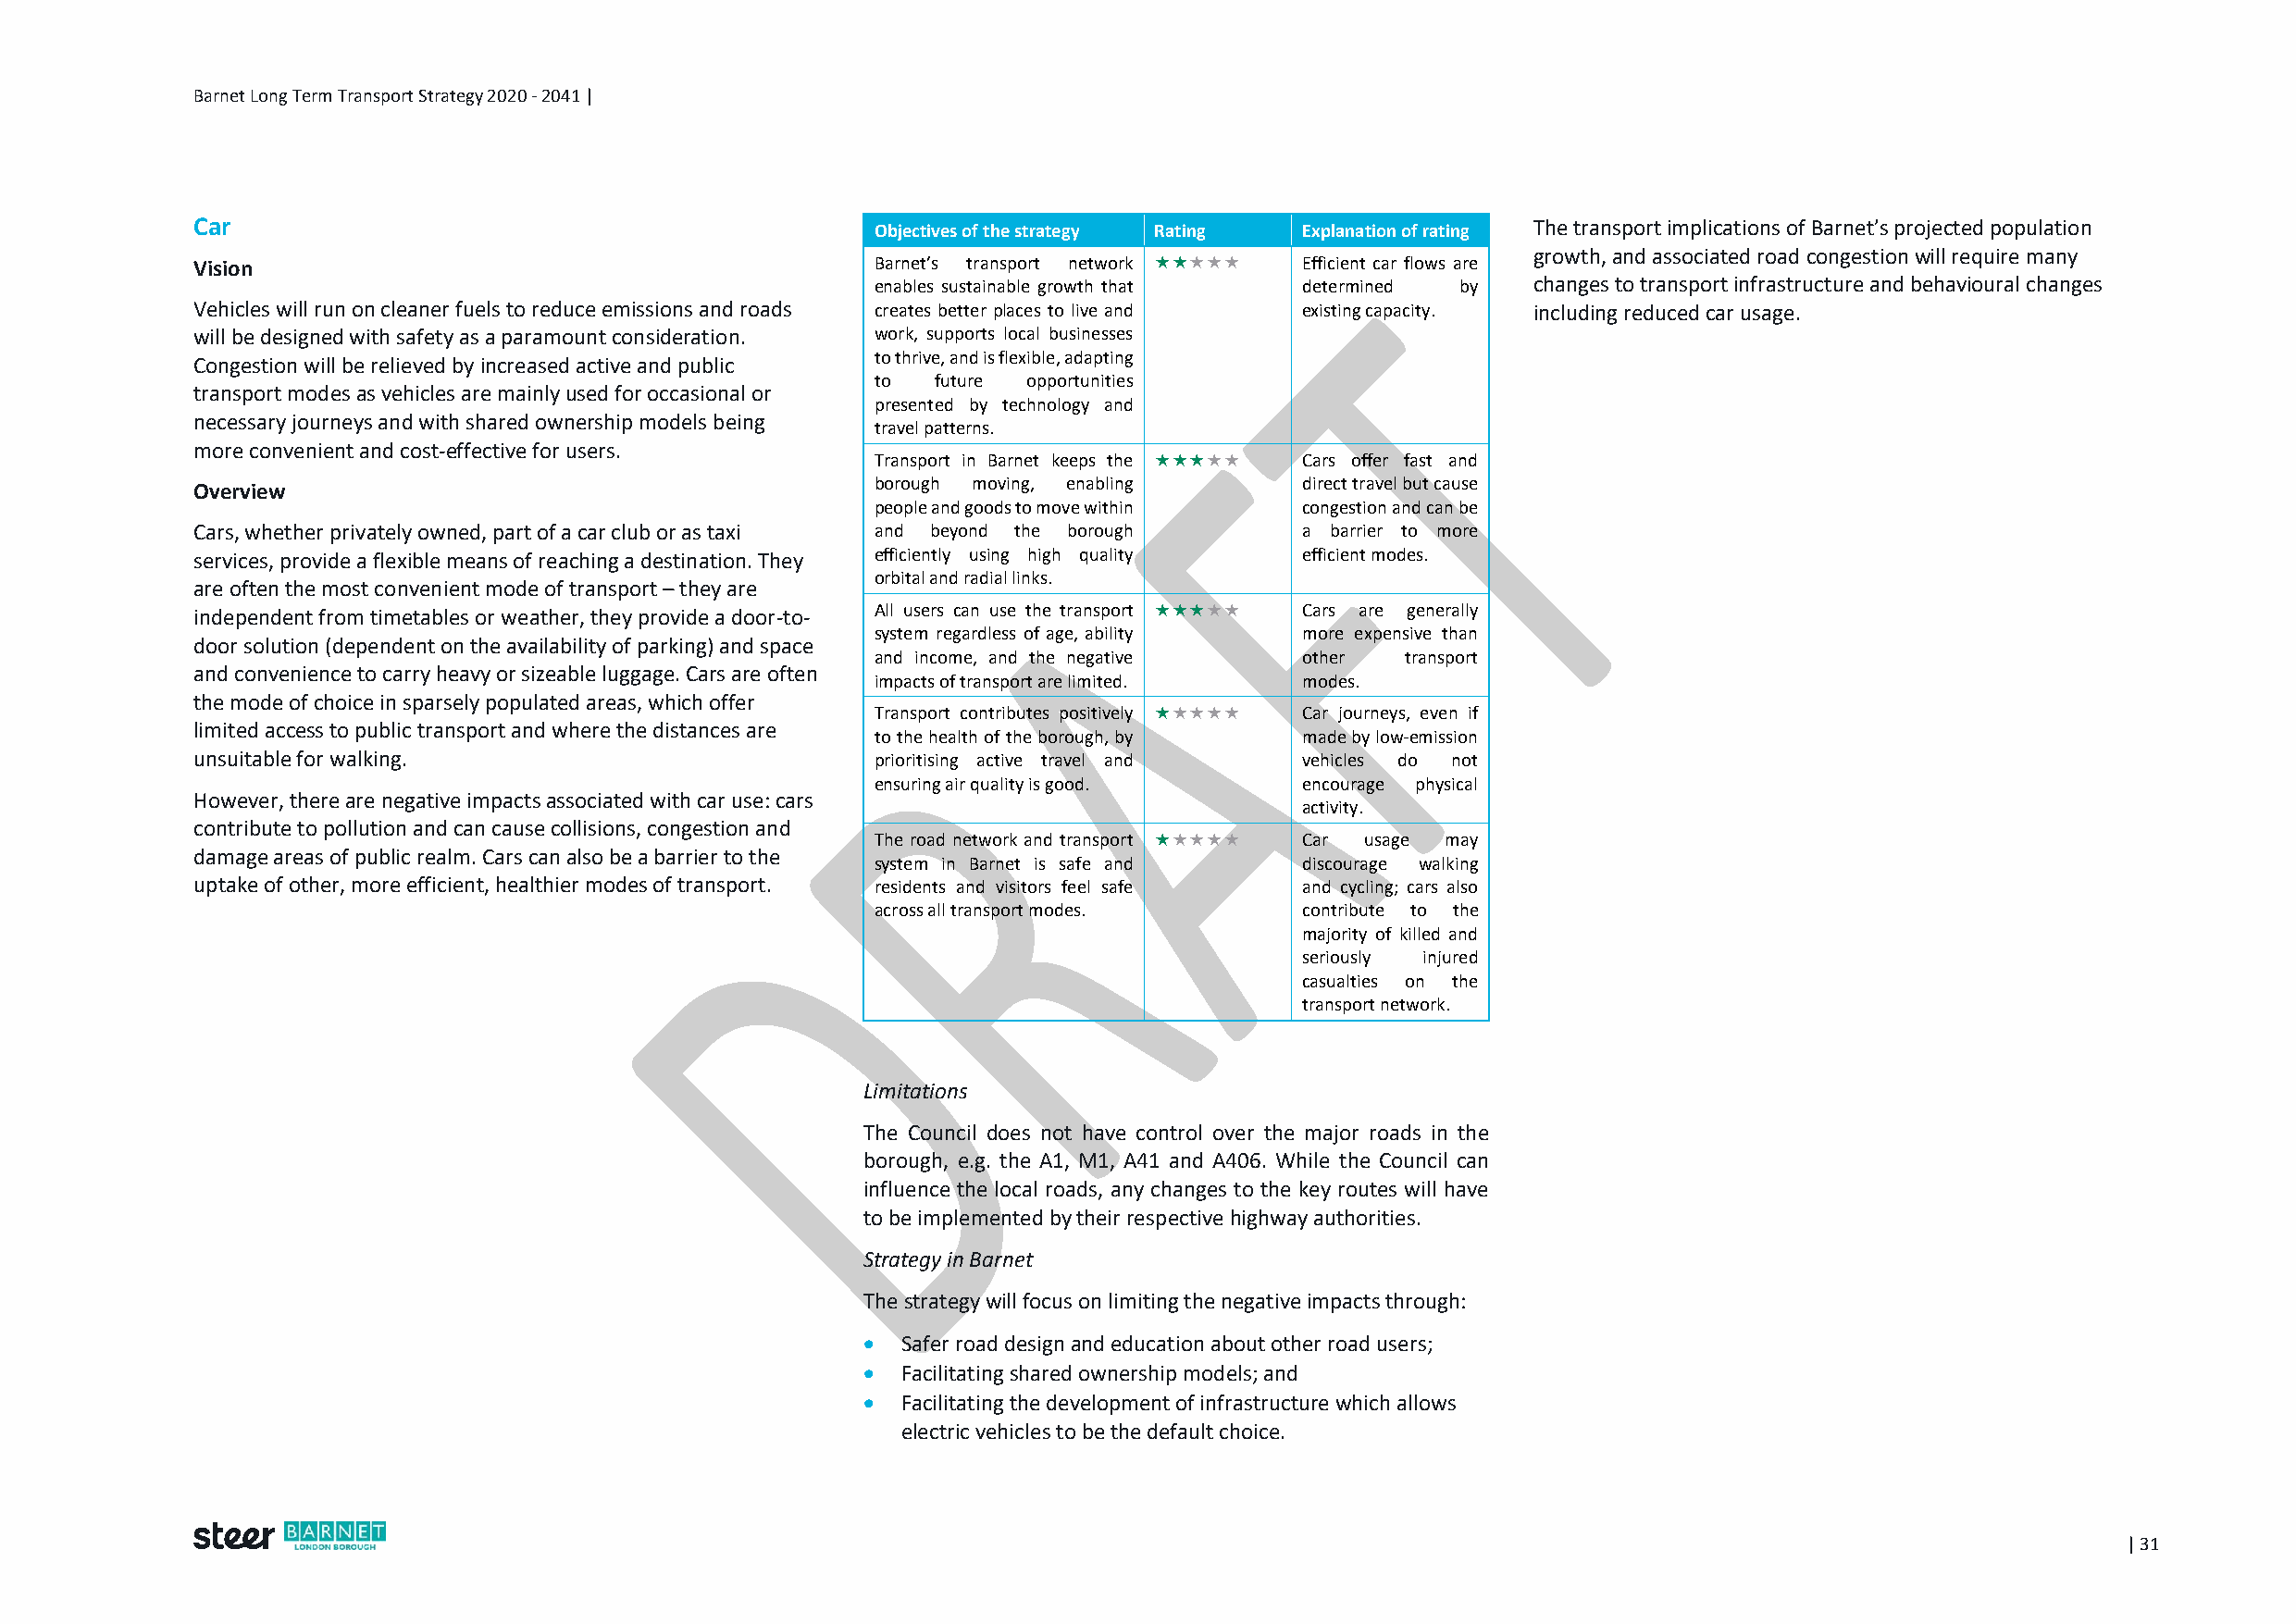
Barnet Long Term Transport Strategy 2020 - 2041 |
 Car                                              Objectives of the strategy Rating Explanation of rating The transport implications of Barnet’s projected population
 growth, and associated road congestion will require many
 Vision                                           Barnet’s transport network  Efficient car flows are
 enables sustainable growth that determined by  changes to transport infrastructure and behavioural changes
 Vehicles will run on cleaner fuels to reduce emissions and roads creates better places to live and existing capacity. including reduced car usage.
 will be designed with safety as a paramount consideration. work, supports local businesses
 to thrive, and is flexible, adapting
 Congestion will be relieved by increased active and public
 to  future opportunities
 transport modes as vehicles are mainly used for occasional or
 presented by technology and
 necessary journeys and with shared ownership models being
 travel patterns.
 more convenient and cost-effective for users.
 Transport in Barnet keeps the  Cars offer fast and
 borough moving, enabling      direct travel but cause
 Overview
 people and goods to move within congestion and can be
 Cars, whether privately owned, part of a car club or as taxi and beyond the borough a barrier to more
 services, provide a flexible means of reaching a destination. They efficiently using high quality efficient modes.
 orbital and radial links.
 are often the most convenient mode of transport – they are
 independent from timetables or weather, they provide a door-to- All users can use the transport  Cars are generally
 system regardless of age, ability more expensive than
 door solution (dependent on the availability of parking) and space
 and income, and the negative  other  transport
 and convenience to carry heavy or sizeable luggage. Cars are often
 impacts of transport are limited. modes.
 the mode of choice in sparsely populated areas, which offer
 Transport contributes positively  Car journeys, even if
 limited access to public transport and where the distances are
 to the health of the borough, by made by low-emission
 unsuitable for walking.                          prioritising active travel and vehicles do not
 ensuring air quality is good. encourage physical
 However, there are negative impacts associated with car use: cars
 activity.
 contribute to pollution and can cause collisions, congestion and
 The road network and transport  Car usage may
 damage areas of public realm. Cars can also be a barrier to the
 system in Barnet is safe and  discourage walking
 uptake of other, more efficient, healthier modes of transport. residents and visitors feel safe and cycling; cars also
 across all transport modes.   contribute to the
 majority of killed and
 seriously injured
 casualties on the
 transport network.
 Limitations
 The Council does not have control over the major roads in the
 borough, e.g. the A1, M1, A41 and A406. While the Council can
 influence the local roads, any changes to the key routes will have
 to be implemented by their respective highway authorities.
 Strategy in Barnet
 The strategy will focus on limiting the negative impacts through:
  Safer road design and education about other road users;
  Facilitating shared ownership models; and
  Facilitating the development of infrastructure which allows
 electric vehicles to be the default choice.
 | 31